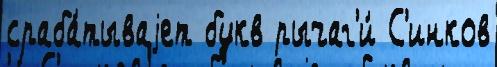
сраба́тываjет букв рычаг'и́ С'инков